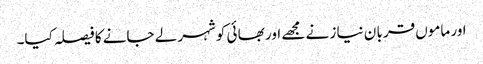
اور ماموں قربا ن نیا ز نے مجھے اور بھا ئی کوشہر لے جانے کا فیصلہ کیا۔